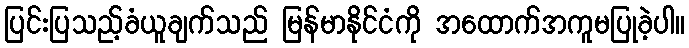
ပြင်းပြသည့်ခံယူချက်သည် မြန်မာနိုင်ငံကို အထောက်အကူမပြုခဲ့ပါ။